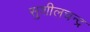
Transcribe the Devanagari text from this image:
सुशीलचन्द्र